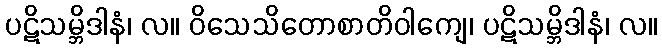
ပဋိသမ္ဘိဒါနံ၊ လ။ ဝိသေသိတောစာတိဝါကျေ၊ ပဋိသမ္ဘိဒါနံ၊ လ။